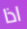
اذا